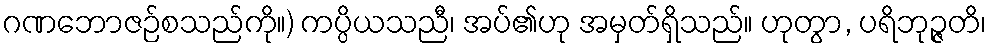
ဂဏဘောဇဉ်စသည်ကို။) ကပ္ပိယသညီ၊ အပ်၏ဟု အမှတ်ရှိသည်။ ဟုတွာ, ပရိဘုဉ္ဇတိ၊